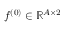
f ^ { ( 0 ) } \in \mathbb { R } ^ { A \times 2 }